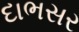
દાભસર